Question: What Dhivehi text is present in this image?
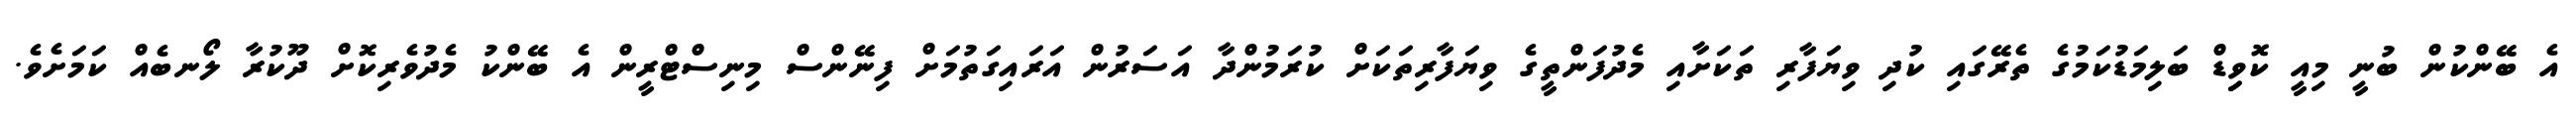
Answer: އެ ބޭންކުން ބުނީ މިއީ ކޮވިިޑް ބަލިމަޑުކަމުގެ ތެރޭގައި ކުދި ވިޔަފާރި ތަކަށާއި މެދުފަންތީގެ ވިޔަފާރިތަކަށް ކުރަމުންދާ އަސަރުން އަރައިގަތުމަށް ފިނޭންސް މިނިސްޓްރީން އެ ބޭންކު މެދުވެރިކޮށް ދޫކުރާ ލޯނބެއް ކަމަށެވެ.